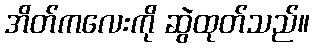
အိတ်ကလေးကို ဆွဲထုတ်သည်။